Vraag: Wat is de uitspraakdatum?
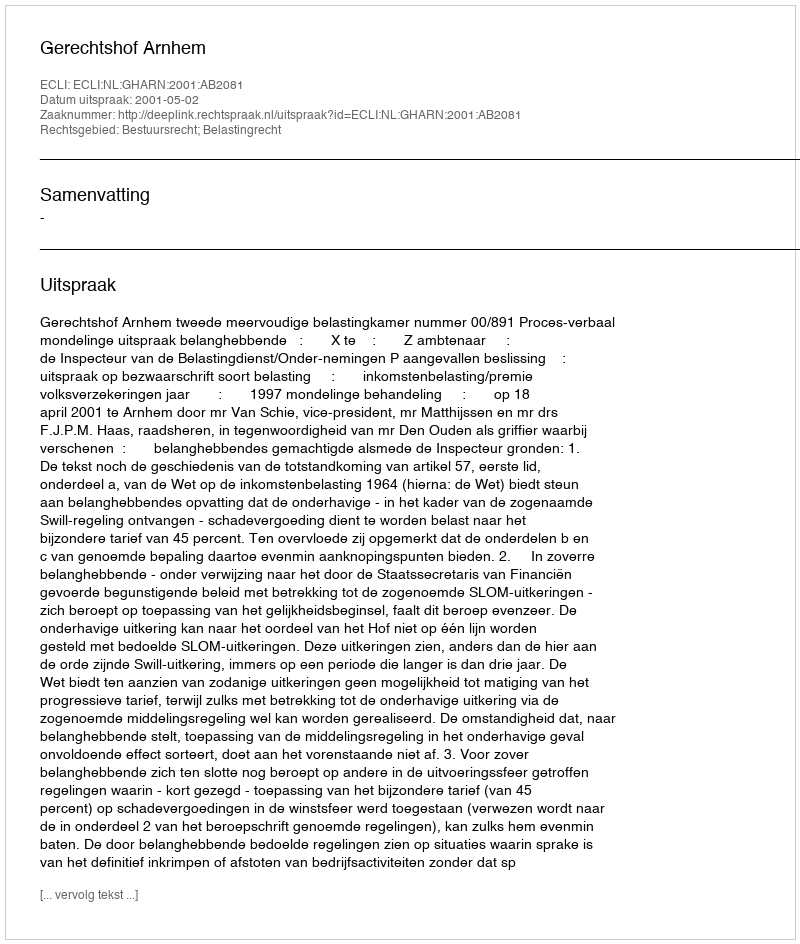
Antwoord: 2001-05-02